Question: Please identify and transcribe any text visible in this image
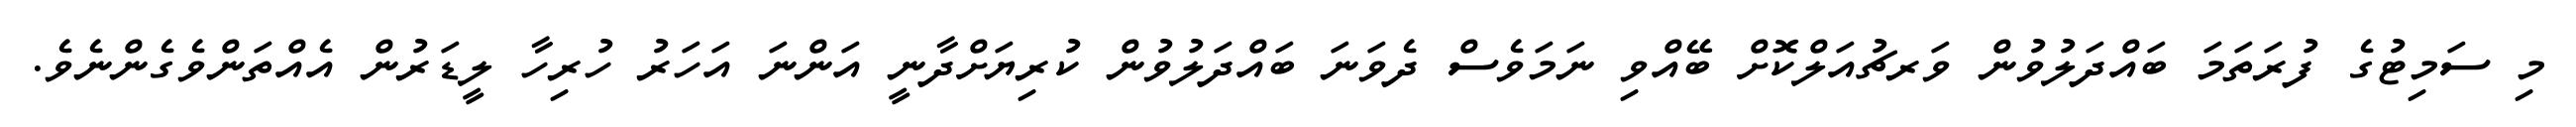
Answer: މި ސަމިޓުގެ ފުރަތަމަ ބައްދަލުވުން ވަރޗުއަލްކޮށް ބޭއްވި ނަމަވެސް ދެވަނަ ބައްދަލުވުން ކުރިޔަށްދާނީ އަންނަ އަހަރު ހުރިހާ ލީޑަރުން އެއްތަންވެގެންނެވެ.